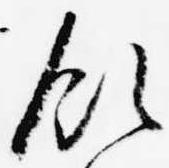
領